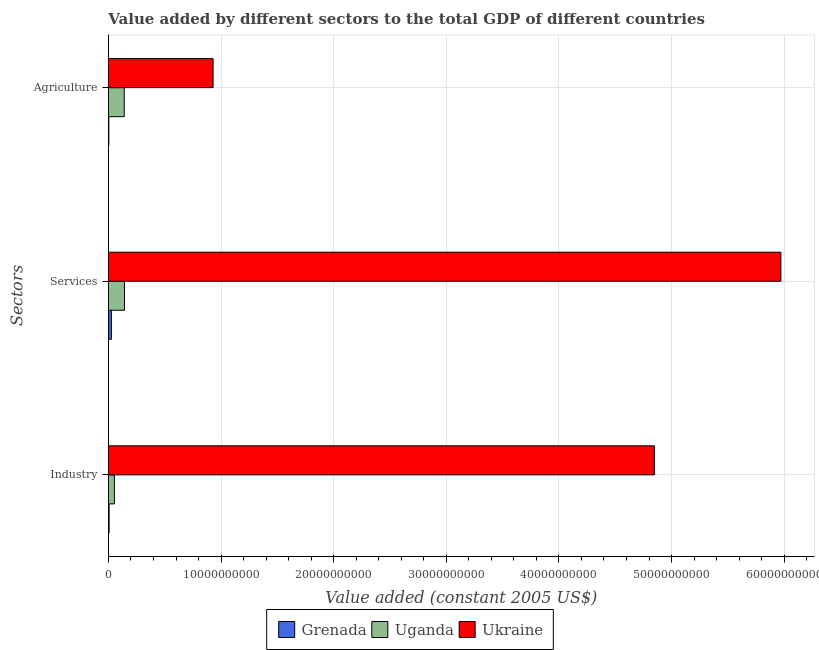
| Sectors | Grenada | Uganda | Ukraine |
 | --- | --- | --- | --- |
 | Industry | 5.87e+07 | 5.28e+08 | 4.85e+10 |
 | Services | 2.62e+08 | 1.43e+09 | 5.97e+10 |
 | Agriculture | 3.69e+07 | 1.4e+09 | 9.29e+09 |